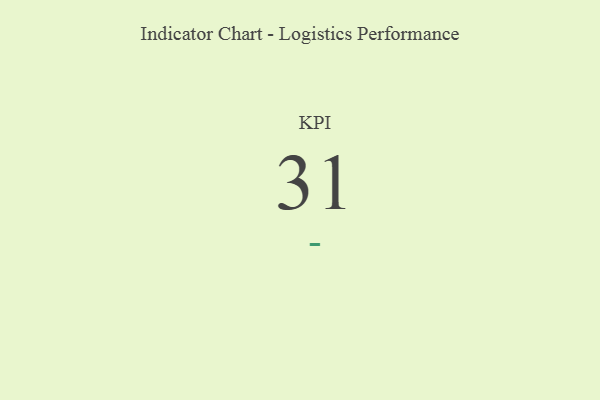
{"axis": {"x": "KPI", "y": "Value"}, "legend": [""], "data": [{"x": "KPI", "y": 31, "type": ""}]}